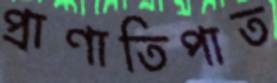
প্রাণাতিপাত